Annual administration and progress report of the Indian Medical Department, Bombay
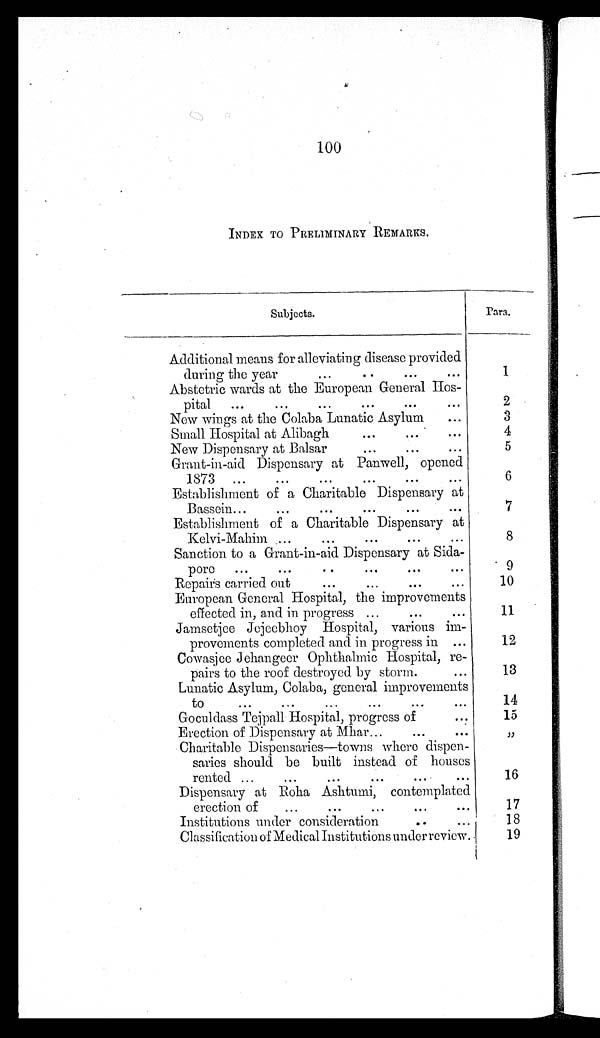
100
INDEX TO PRELIMINARY REMARKS .
Subjects.
Para.
Additional means for alleviating disease provided
during the year
...
..
...
...
1
Abstetric wards at the European General Hos-
p i t a l
. . .
. . .
. . .
. . . . . . . . .
2
New wings at the Colaba Lunatic Asylum
. . .
3
Small Hospital at Alibagh
...
... ...
4
New Dispensary at Balsar
...
...
...
5
Grant-in-aid Dispensary at Panwell, opened
1873 ...
...
...
...
...
. . .
6
Establishment of a Charitable Dispensary at
Bassein...
...
...
...
...
. . .
7
Establishment of a Charitable Dispensary at
Kelvi-Mahim ...
...
...
...
...
8
Sanction to a Grant-in-aid Dispensary at Sida-
pore ... ... ...
. . . . . .
. . .
9
Repairs carried out
...
...
...
...
10
European General Hospital, the improvements
effected in, and in progress ...
...
...
11
Jamsetjee Jejeebhoy Hospital, various im-
provements completed and in progress in ...
12
Cowasjee Jehangeer Ophthalmic Hospital, re-
pairs to the roof destroyed by storm.
...
13
Lunatic Asylum, Colaba, general improvements
to ...
...
...
...
...
...
14
Goculdass Tejpall Hospital, progress of
. . .
15
Erection of Dispensary at Mhar...
...
. . .
"
Charitable Dispensaries—towns where dispen-
saries should be built instead of houses
rented ...
...
...
...
...
...
16
Dispensary at Roha Ashtumi, contemplated
erection of ... ... . . .
. . .
. . .
. . .
17
Institutions under consideration
.. ...
18
Classification of Medical Institutions under review.
19